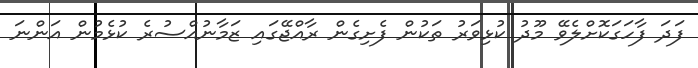
ފަދަ ފާހަގަކޮށްލެވޭ މޫދު ކުޅިވަރު ތަކުން ފެށިގެން ރާއްޖޭގައި ޒަމާނުއްސުރެ ކުޅެމުން އަންނަ